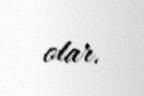
olar.